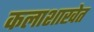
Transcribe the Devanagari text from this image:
कलाशाखेत